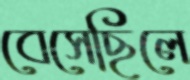
বেসেছিলে